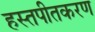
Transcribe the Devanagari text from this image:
हस्तपीतकरण